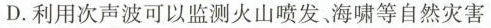
D.利用次声波可以监测火山喷发、海啸等自然灾害